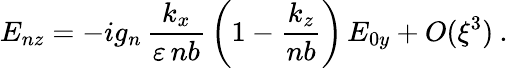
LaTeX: E_{nz}=-ig_{n}\, \frac{k_{x}}{\varepsilon\, nb}\, \left(1-\frac{k_{z}}{nb}\right)\, E_{0y}+O(\xi^{3})\: .